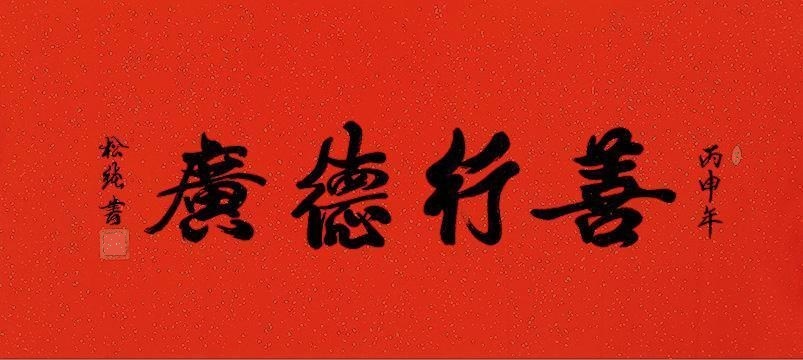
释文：善行得广福缘丙申年，松纯书。